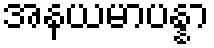
အနယမာပန္နာ